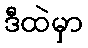
ဒီထဲမှာ